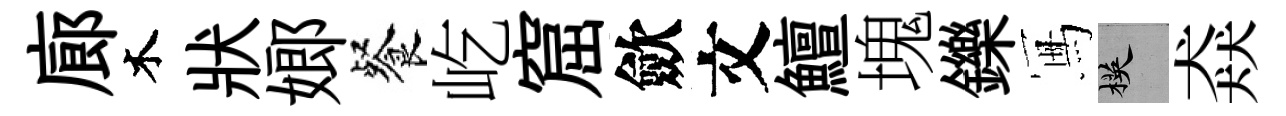
廊木狀嫏餐屹窟歛文鱣塊鑠冩楧猋